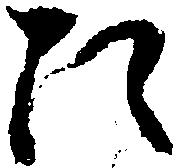
た